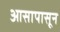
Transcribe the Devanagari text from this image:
आसापासून